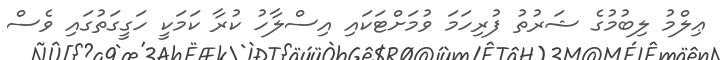
ޢިލްމު ލިބުމުގެ ޝަރުތު ފުރިހަމަ ވުމަށްޓަކައި އިސްލާހު ކުރާ ކަމަކީ ހަގީގަތުގައި ވެސް